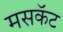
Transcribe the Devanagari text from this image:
मसकॅट